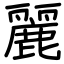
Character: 麗